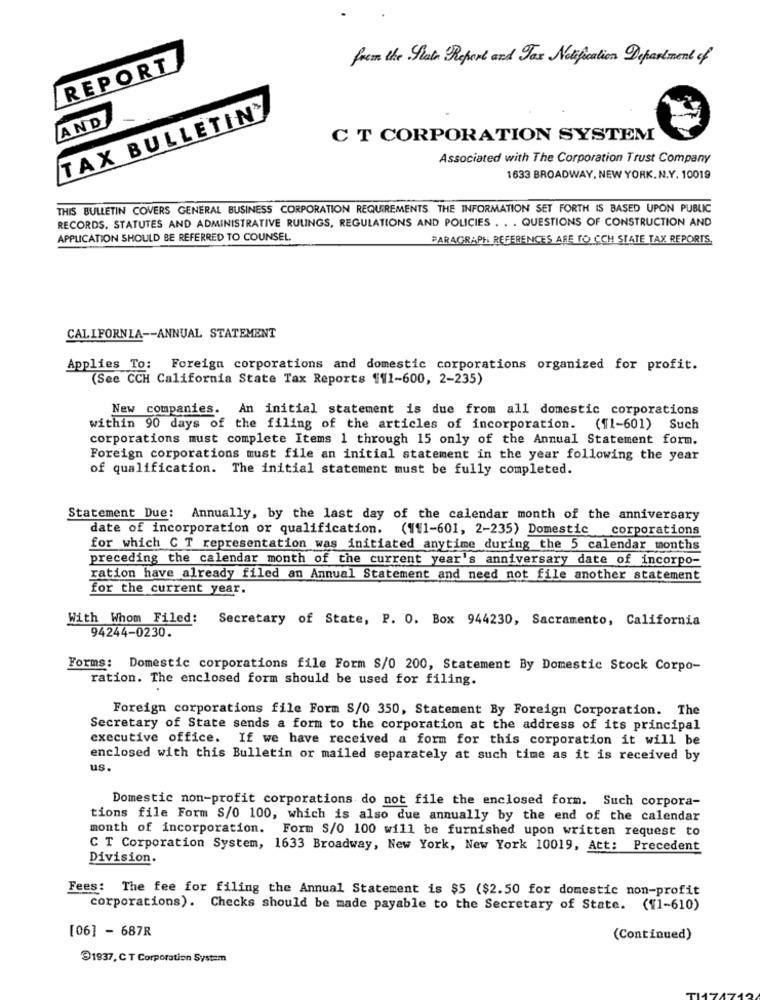
from the Slate Report and Tax Notification Department of
REPORT
TAX BULLETIN'
AND
C T CORPORATION SYSTEM
Associated with The Corporation Trust Company
1633 BROADWAY, NEW YORK, N.Y. 10019
THIS BULLETIN COVERS GENERAL BUSINESS CORPORATION REQUIREMENTS. THE INFORMATION SET FORTH IS BASED UPON PUBLIC
RECORDS, STATUTES AND ADMINISTRATIVE RULINGS, REGULATIONS AND POLICIES . . . QUESTIONS OF CONSTRUCTION AND
APPLICATION SHOULD BE REFERRED TO COUNSEL.
PARAGRAPH REFERENCES ARE TO CCH STATE TAX REPORTS.
CALIFORNIA -- ANNUAL STATEMENT
Applies To: Foreign corporations and domestic corporations organized for profit.
(See CCH California State Tax Reports 1(1-600, 2-235)
New companies. An initial statement is due from all domestic corporations
within 90 days of the filing of the articles of incorporation. ("1-601) Such
corporations must complete Items 1 through 15 only of the Annual Statement form.
Foreign corporations must file an initial statement in the year following the year
of qualification. The initial statement must be fully completed.
Statement Due: Annually, by the last day of the calendar month of the anniversary
date of incorporation or qualification. (111-601, 2-235) Domestic corporations
for which C T representation was initiated anytime during the 5 calendar months
preceding the calendar month of the current year's anniversary date of incorpo-
ration have already filed an Annual Statement and need not file another statement
for the current year.
With Whom Filed: Secretary of State, P. O. Box 944230, Sacramento, California
94244-0230.
Forms: Domestic corporations file Form S/0 200, Statement By Domestic Stock Corpo-
ration. The enclosed form should be used for filing.
Foreign corporations file Form S/0 350, Statement By Foreign Corporation. The
Secretary of State sends a form to the corporation at the address of its principal
executive office. If we have received a form for this corporation it will be
enclosed with this Bulletin or mailed separately at such time as it is received by
us.
Domestic non-profit corporations do not file the enclosed form. Such corpora-
tions file Form S/0 100, which is also due annually by the end of the calendar
month of incorporation. Form S/0 100 will be furnished upon written request to
C T Corporation System, 1633 Broadway, New York, New York 10019, Att: Precedent
Division.
Fees: The fee for filing the Annual Statement is $5 ($2.50 for domestic non-profit
corporations). Checks should be made payable to the Secretary of State. (11-610)
[06] - 687R
(Continued)
31937, C T Corporation System